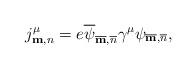
LaTeX: \begin{align*}j^\mu_{{\bf m},n}=e\overline\psi_{\overline{\bf m},\overline{n}}\gamma^\mu\psi_{\overline{\bf m},\overline{n}},\end{align*}